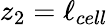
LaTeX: z_{2}=\ell_{cell}